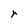
Character: r